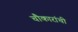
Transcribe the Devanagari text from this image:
चौकारांची